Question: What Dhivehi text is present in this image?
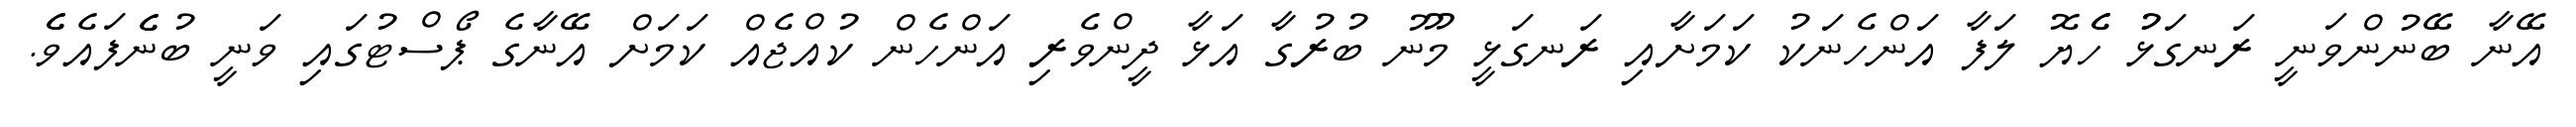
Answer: އޭނާ ބޭނުންވަނީ ރަނގަޅުު ހެެޔޮ ލަފާ އަންހެނަކު ކަމަށާއި ރަނގަޅީ މޫނު ބުރުގާ އަޅާ ދީންވެރި އަންހެން ކުއްޖެއް ކަމަށް އޭނާގެ ޕޯސްޓުގައި ވަނީ ބުނެެފައެވެެ.